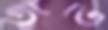
তাতি